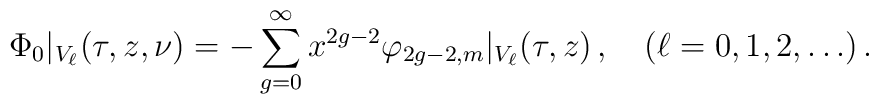
\Phi_0\vert_{ V_\ell}(\tau,z,\nu) = - \sum_{g=0}^\infty  x^{2g-2} \varphi_{2g-2,m} \vert_{ V_\ell}(\tau,z)\,,\quad  (\ell=0,1,2,\ldots)\,.